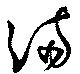
満